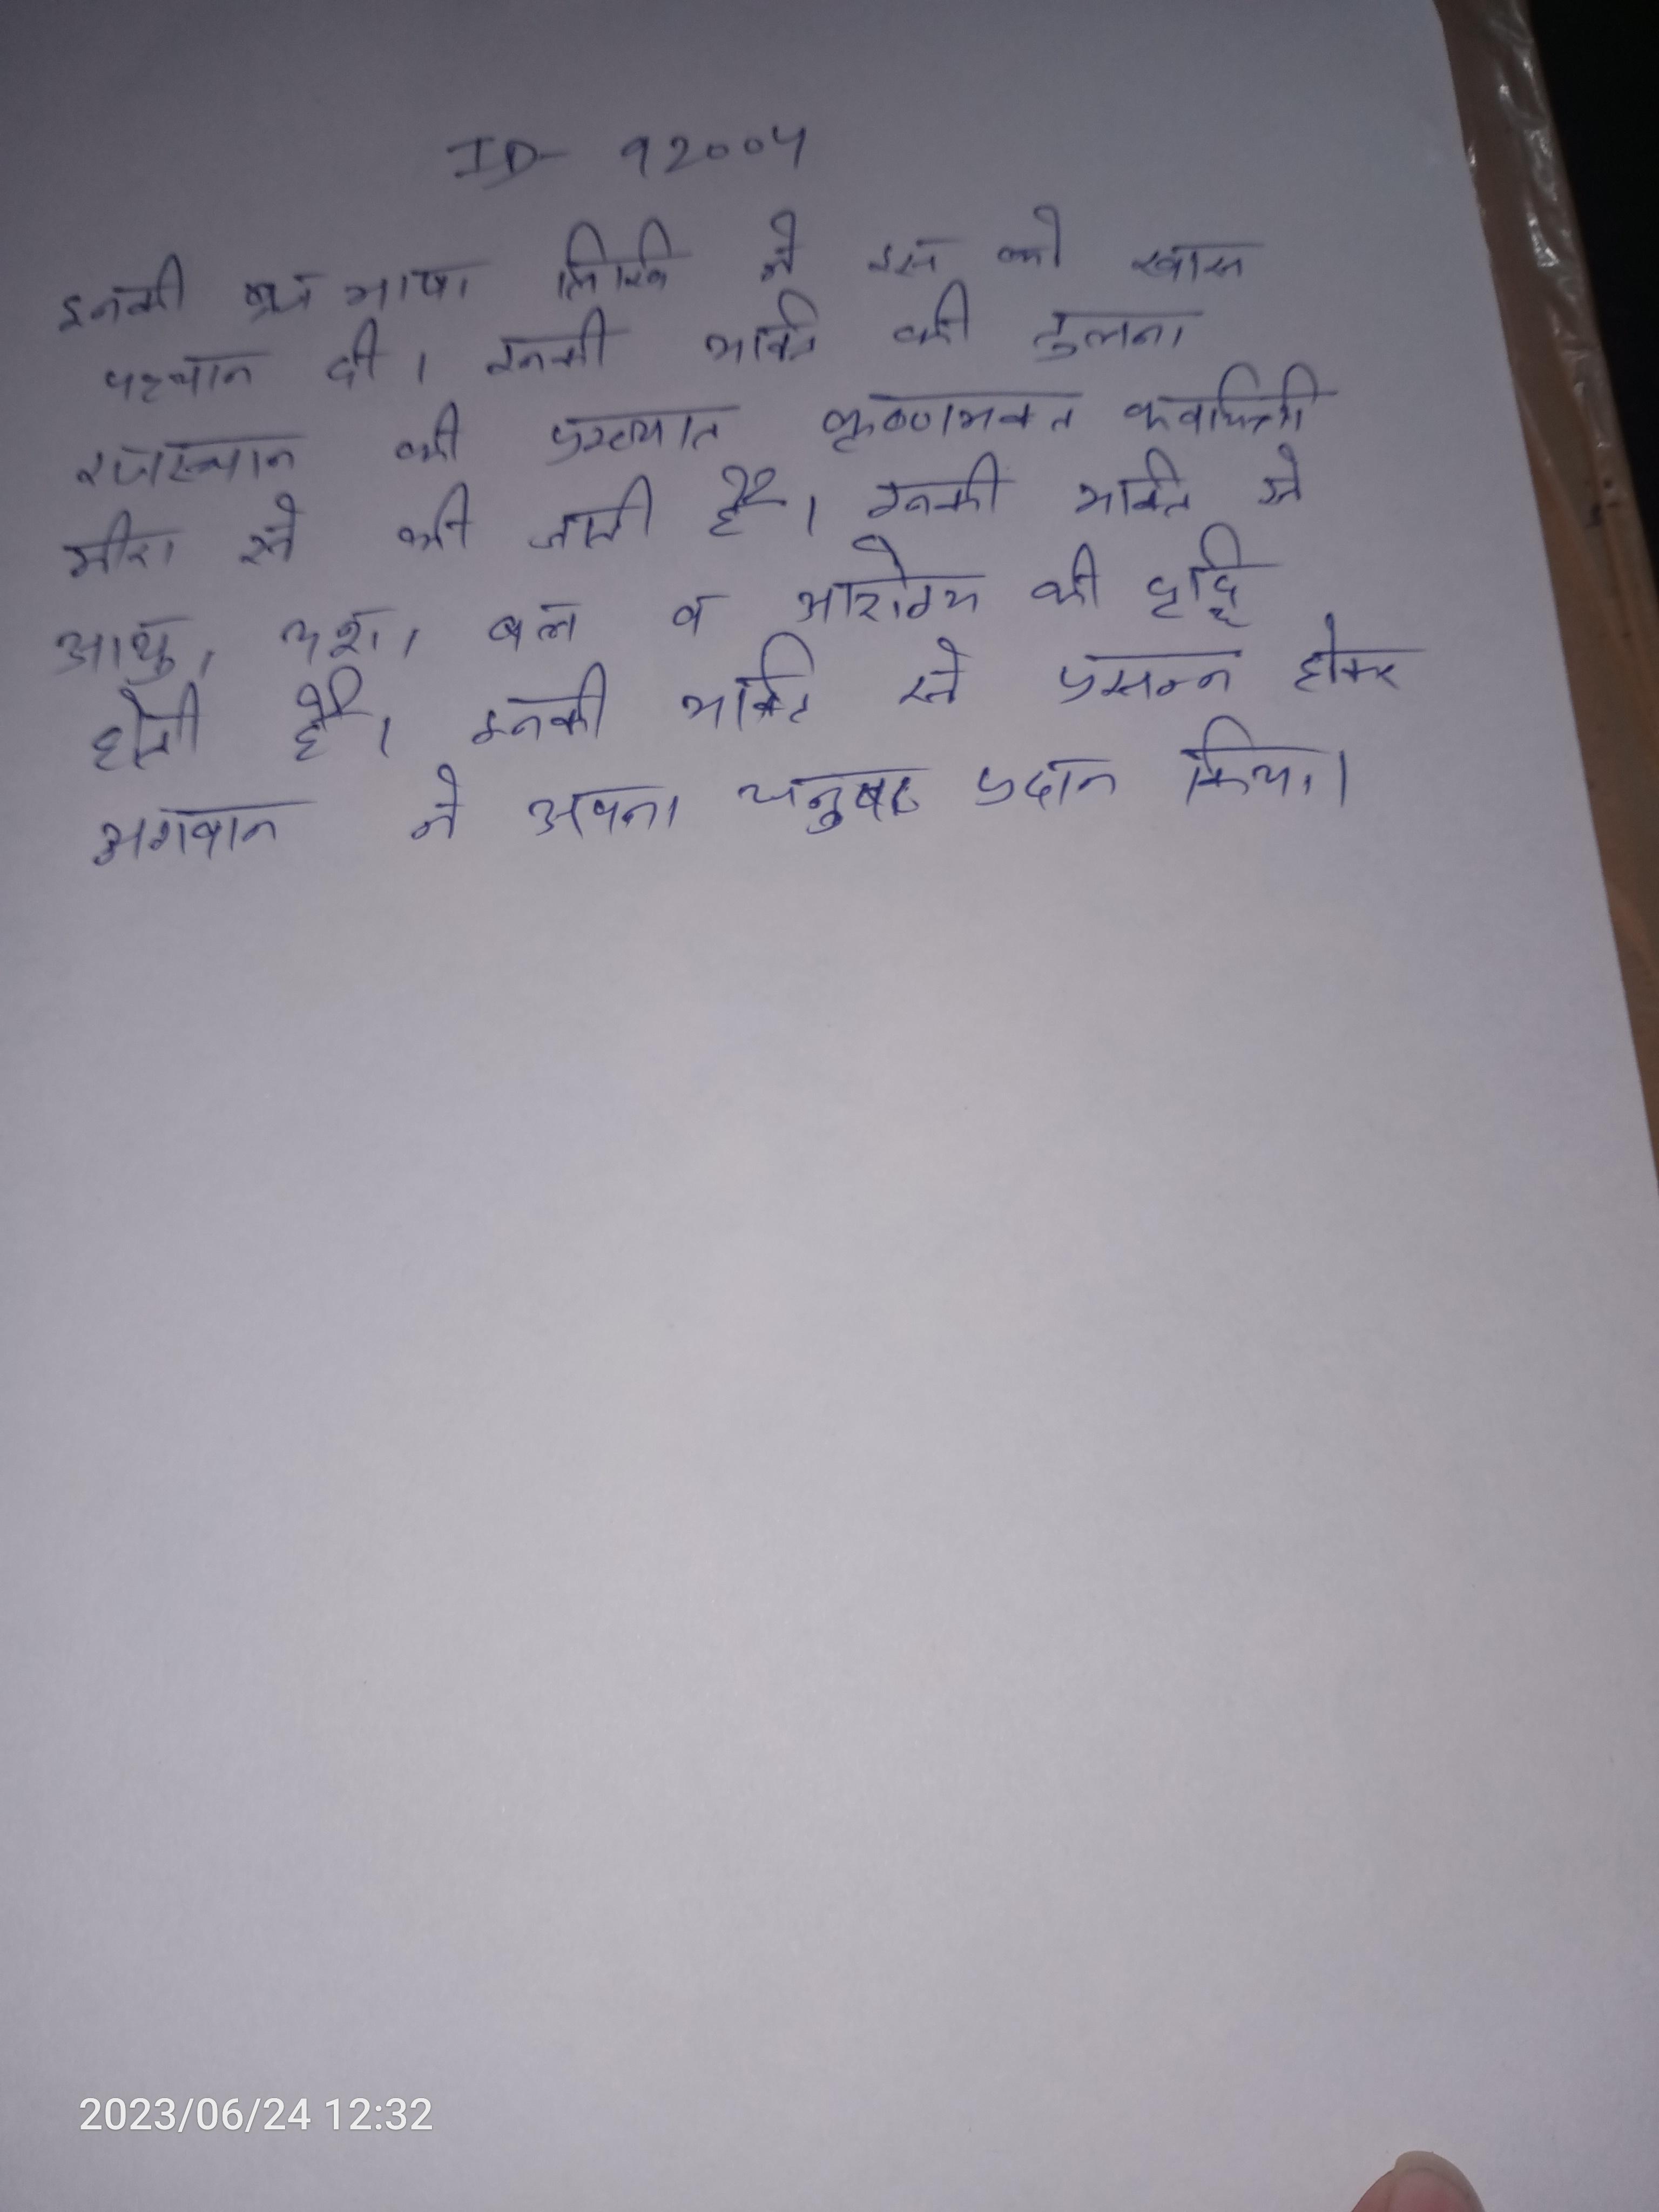
इनकी ब्रज भाषा लिखि ने इस को खास पहचान दी । इनकी भक्ति की तुलना राजस्थान की प्रख्यात कृष्णभक्त कवयित्री मीरा से की जाती है । इनकी भक्ति से आयु, यश, बल और आरोग्य की वृद्धि होती है । इनकी भक्ति से प्रसन्न होकर भगवान ने अपना धनुष प्रदान किया था ।